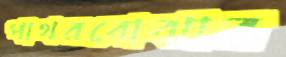
পাথরবোঝার